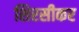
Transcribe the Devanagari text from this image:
शिरसीकर